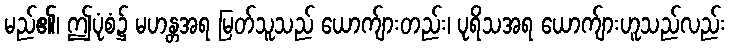
မည်၏၊ ဤပုံစံ၌ မဟန္တအရ မြတ်သူသည် ယောက်ျားတည်း၊ ပုရိသအရ ယောက်ျားဟူသည်လည်း